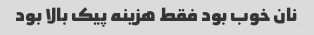
نان خوب بود فقط هزینه پیک بالا بود